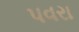
પવરા